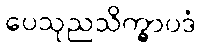
ပေသုညသိက္ခာပဒံ